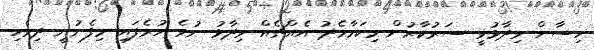
ހިސާން ވިދާޅުވީ ސަރުކާރުން މިކަމާމެދު އެއްޗެއް ވިދާޅު ނުވެ ހުރެފައި މިފެނުނީ ދިވެހި